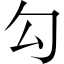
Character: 勾